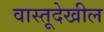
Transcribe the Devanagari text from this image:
वास्तूदेखील